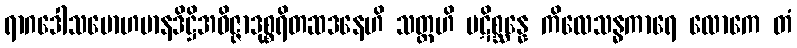
ရာဂဒေါသမောဟမာနဒိဋ္ဌိအဝိဇ္ဇာဒုစ္စရိတဆဒနေဟိ သတ္တဟိ ပဋိစ္ဆန္နေ ကိလေသန္ဓကာရေ လောကေ တံ